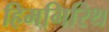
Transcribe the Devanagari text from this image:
हिमगिरिथ